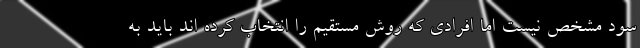
سود مشخص نیست اما افرادی که روش مستقیم را انتخاب کرده اند باید به